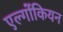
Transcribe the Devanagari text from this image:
एल्गोंकियन